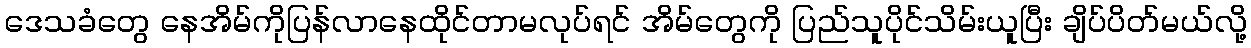
ဒေသခံတွေ နေအိမ်ကိုပြန်လာနေထိုင်တာမလုပ်ရင် အိမ်တွေကို ပြည်သူပိုင်သိမ်းယူပြီး ချိပ်ပိတ်မယ်လို့